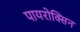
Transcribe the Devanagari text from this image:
पायरोक्सिन